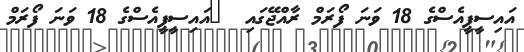
އައިސީޕީއެސްގެ 18 ވަނަ ފޯރަމް ރާއްޖޭގައި  	އައިސީޕީއެސްގެ 18 ވަނަ ފޯރަމް